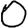
Digit: 0